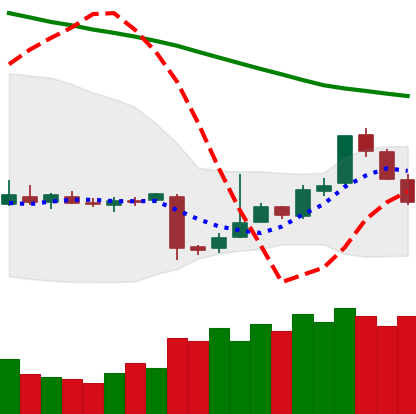
Ticker: EOS-USD
Chart end date: 2018-11-09
Forward return: -13.878%
Label: down_7plus